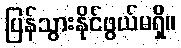
ပြန်သွားနိုင်ဖွယ်မရှိ။